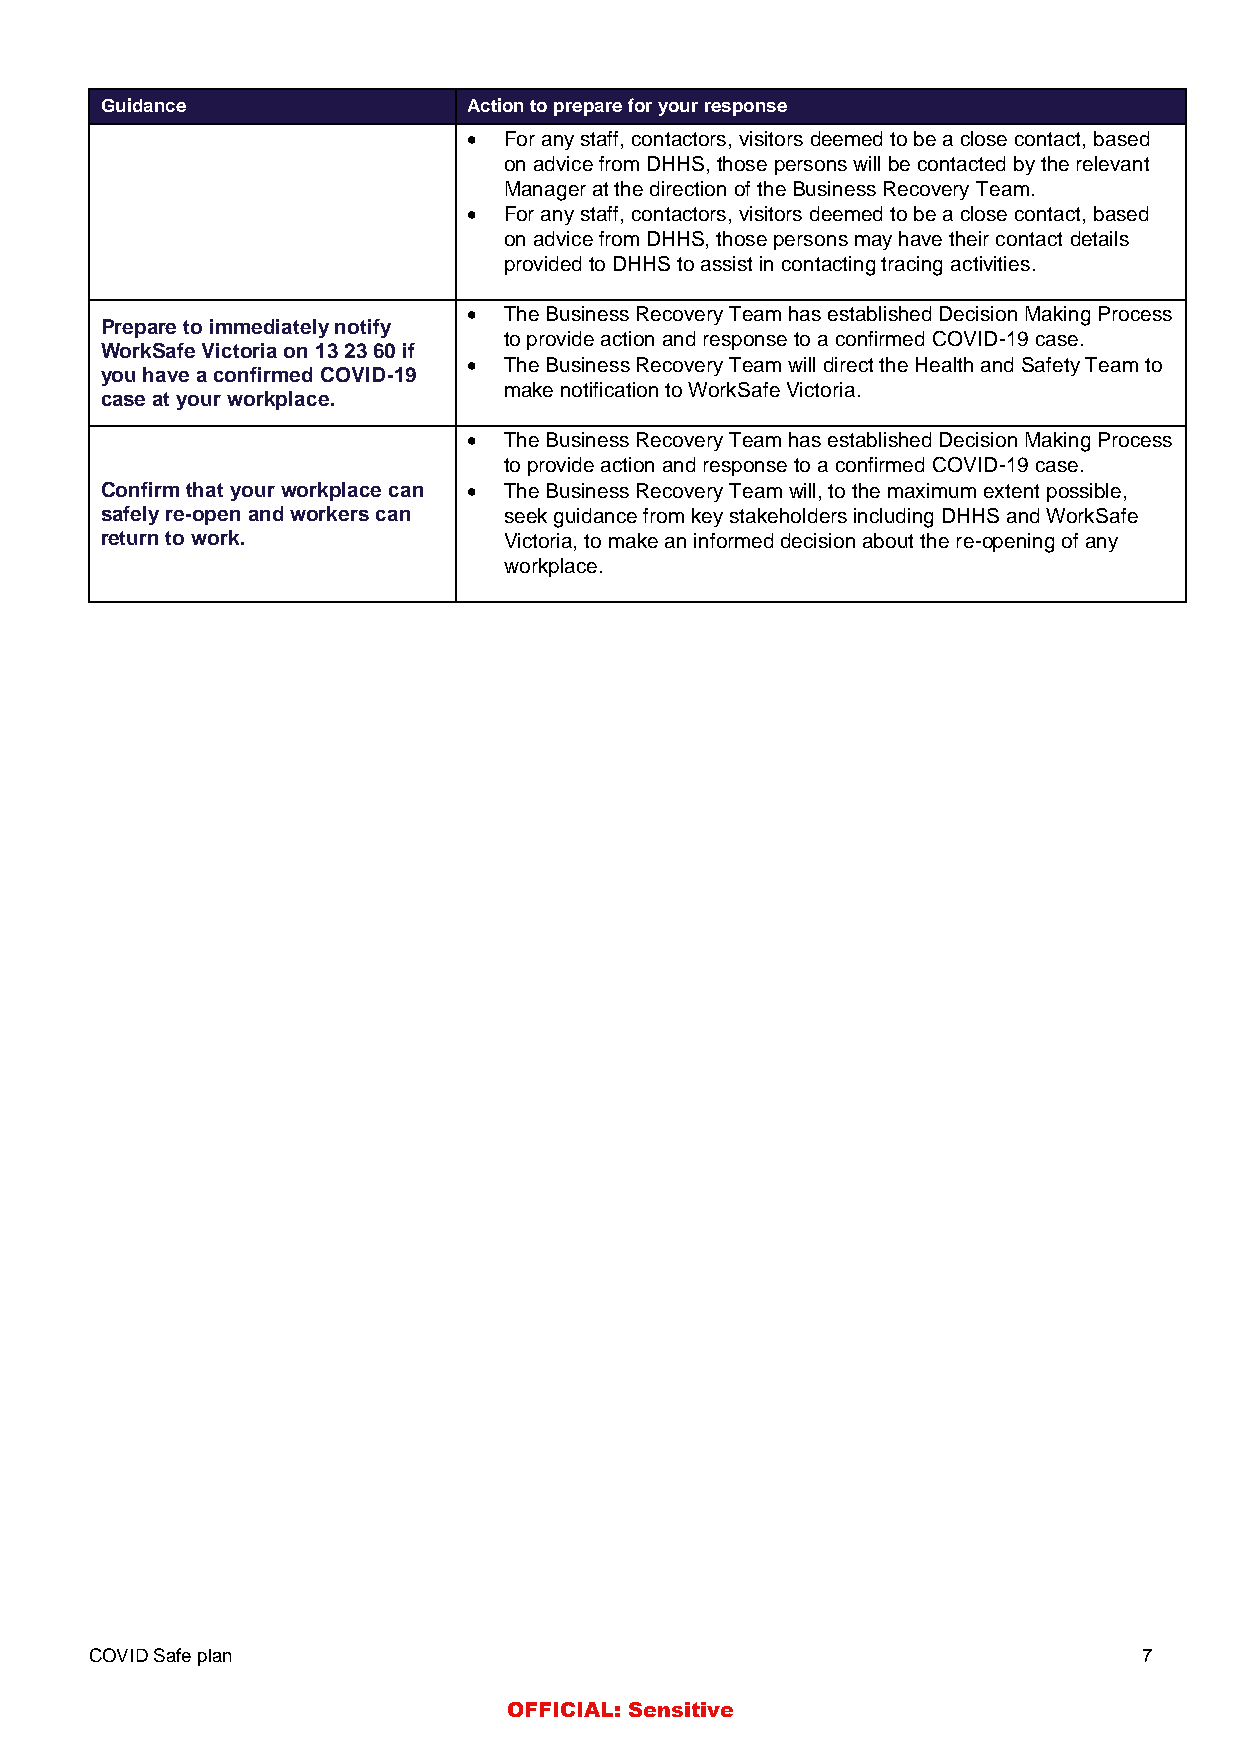
Guidance                Action to prepare for your response
 • For any staff, contactors, visitors deemed to be a close contact, based
 on advice from DHHS, those persons will be contacted by the relevant
 Manager at the direction of the Business Recovery Team.
 • For any staff, contactors, visitors deemed to be a close contact, based
 on advice from DHHS, those persons may have their contact details
 provided to DHHS to assist in contacting tracing activities.
 • The Business Recovery Team has established Decision Making Process
 Prepare to immediately notify
 to provide action and response to a confirmed COVID-19 case.
 WorkSafe Victoria on 13 23 60 if
 • The Business Recovery Team will direct the Health and Safety Team to
 you have a confirmed COVID-19
 make notification to WorkSafe Victoria.
 case at your workplace.
 • The Business Recovery Team has established Decision Making Process
 to provide action and response to a confirmed COVID-19 case.
 Confirm that your workplace can • The Business Recovery Team will, to the maximum extent possible,
 safely re-open and workers can seek guidance from key stakeholders including DHHS and WorkSafe
 return to work.           Victoria, to make an informed decision about the re-opening of any
 workplace.
 COVID Safe plan                                                       7
 OFFICIAL: Sensitive